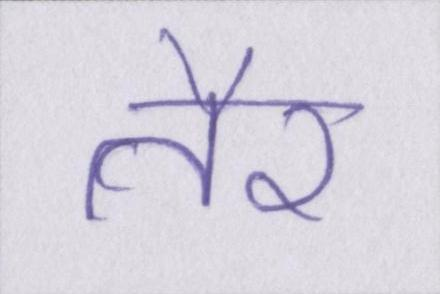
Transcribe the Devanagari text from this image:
तैर